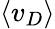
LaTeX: \langle v_{D}\rangle